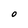
Character: O